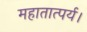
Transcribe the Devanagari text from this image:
महातात्पर्य।